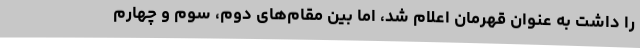
را داشت به عنوان قهرمان اعلام شد، اما بین مقام‌های دوم، سوم و چهارم